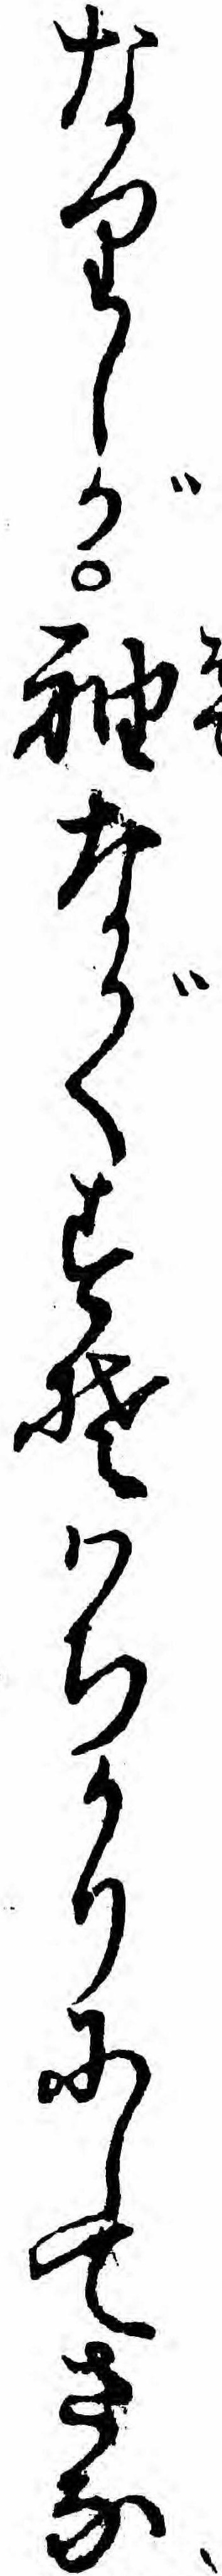
なりしが袖ながくすそハちかりにしてさな